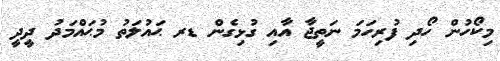
މިކޯހުން ހޯދި ފުރިހަމަ ނަތީޖާ އާއި ގުޅިގެން ޑރ ޙައުލަތު މުޙައްމަދު ދީދީ